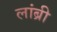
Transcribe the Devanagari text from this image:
लांब्री